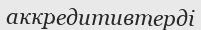
аккредитивтерді